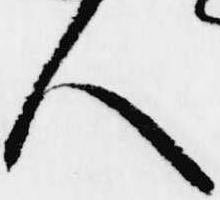
人